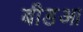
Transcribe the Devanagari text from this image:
बीडआ